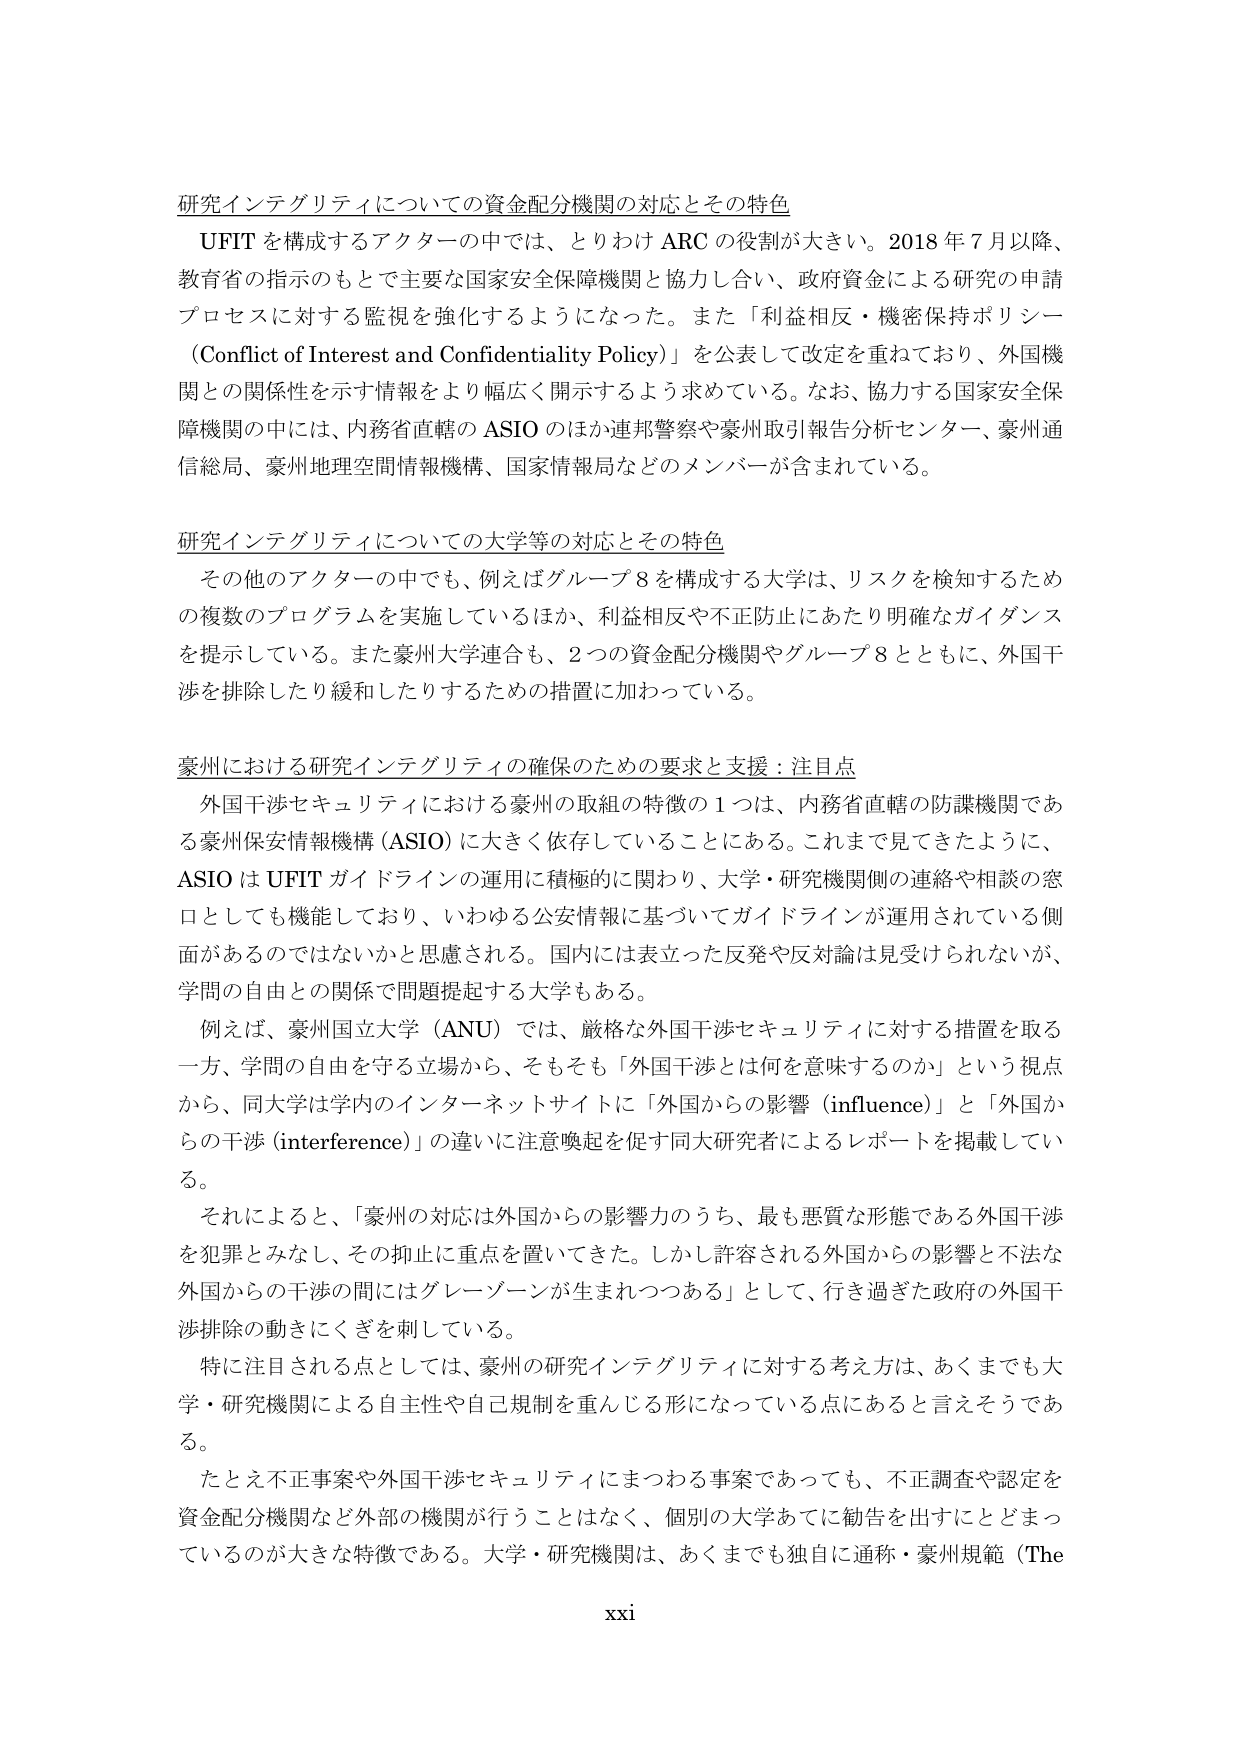
研究インテグリティについての資金配分機関の対応とその特色
UFIT を構成するアクターの中では、とりわけ ARC の役割が大きい。2018 年 7 月以降、
教育省の指示のもとで主要な国家安全保障機関と協力し合い、政府資金による研究の申請
プロセスに対する監視を強化するようになった。また「利益相反・機密保持ポリシー
（Conflict of Interest and Confidentiality Policy）」を公表して改定を重ねており、外国機
関との関係性を示す情報をより幅広く開示するよう求めている。なお、協力する国家安全保
障機関の中には、内務省直轄の ASIO のほか連邦警察や豪州取引報告分析センター、豪州通
信総局、豪州地理空間情報機構、国家情報局などのメンバーが含まれている。

研究インテグリティについての大学等の対応とその特色
　その他のアクターの中でも、例えばグループ 8 を構成する大学は、リスクを検知するため
の複数のプログラムを実施しているほか、利益相反や不正防止にあたり明確なガイダンス
を提示している。また豪州大学連合も、2 つの資金配分機関やグループ 8 とともに、外国干
渉を排除したり緩和したりするための措置に加わっている。

豪州における研究インテグリティの確保のための要求と支援：注目点
　外国干渉セキュリティにおける豪州の取組の特徴の 1 つは、内務省直轄の防諜機関であ
る豪州保安情報機構（ASIO）に大きく依存していることにある。これまで見てきたように、
ASIO は UFIT ガイドラインの運用に積極的に関わり、大学・研究機関側の連絡や相談の窓
口としても機能しており、いわゆる公安情報に基づいてガイドラインが運用されている側
面があるのではないかと思慮される。国内には表立った反発や反対論は見受けられないが、
学問の自由との関係で問題提起する大学もある。
　例えば、豪州国立大学（ANU）では、厳格な外国干渉セキュリティに対する措置を取る
一方、学問の自由を守る立場から、そもそも「外国干渉とは何を意味するのか」という視点
から、同大学は学内のインターネットサイトに「外国からの影響（influence）」と「外国か
らの干渉（interference）」の違いに注意喚起を促す同大研究者によるレポートを掲載してい
る。
　それによると、「豪州の対応は外国からの影響力のうち、最も悪質な形態である外国干渉
を犯罪とみなし、その抑止に重点を置いてきた。しかし許容される外国からの影響と不法な
外国からの干渉の間にはグレーゾーンが生まれつつある」として、行き過ぎた政府の外国干
渉排除の動きにくぎを刺している。
　特に注目される点としては、豪州の研究インテグリティに対する考え方は、あくまでも大
学・研究機関による自主性や自己規制を重んじる形になっている点にあると言えそうであ
る。
　たとえ不正事案や外国干渉セキュリティにまつわる事案であっても、不正調査や認定を
資金配分機関など外部の機関が行うことはなく、個別の大学あてに勧告を出すにとどまっ
ているのが大きな特徴である。大学・研究機関は、あくまでも独自に通称・豪州規範（The
xxi